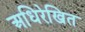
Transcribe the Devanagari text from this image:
अधिरेखित